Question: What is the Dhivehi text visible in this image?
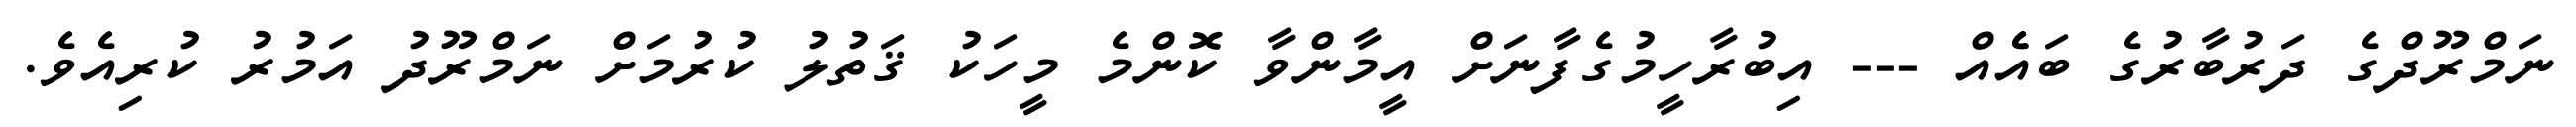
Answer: ނަމްރޫދްގެ ދަރުބާރުގެ ބައެެއް --- އިބުރާހީމުގެފާނަށް އީމާންވާ ކޮންމެ މީހަކު ޤަތުލު ކުރުމަށް ނަމްރޫދު އަމުރު ކުރިއެވެ.